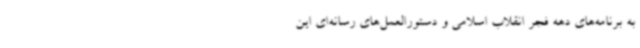
به برنامه‌های دهه فجر انقلاب اسلامی و دستورالعمل‌های رسانه‌ای این